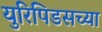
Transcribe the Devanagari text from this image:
युरिपिडसच्या